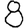
Digit: 8